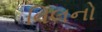
વિલનો